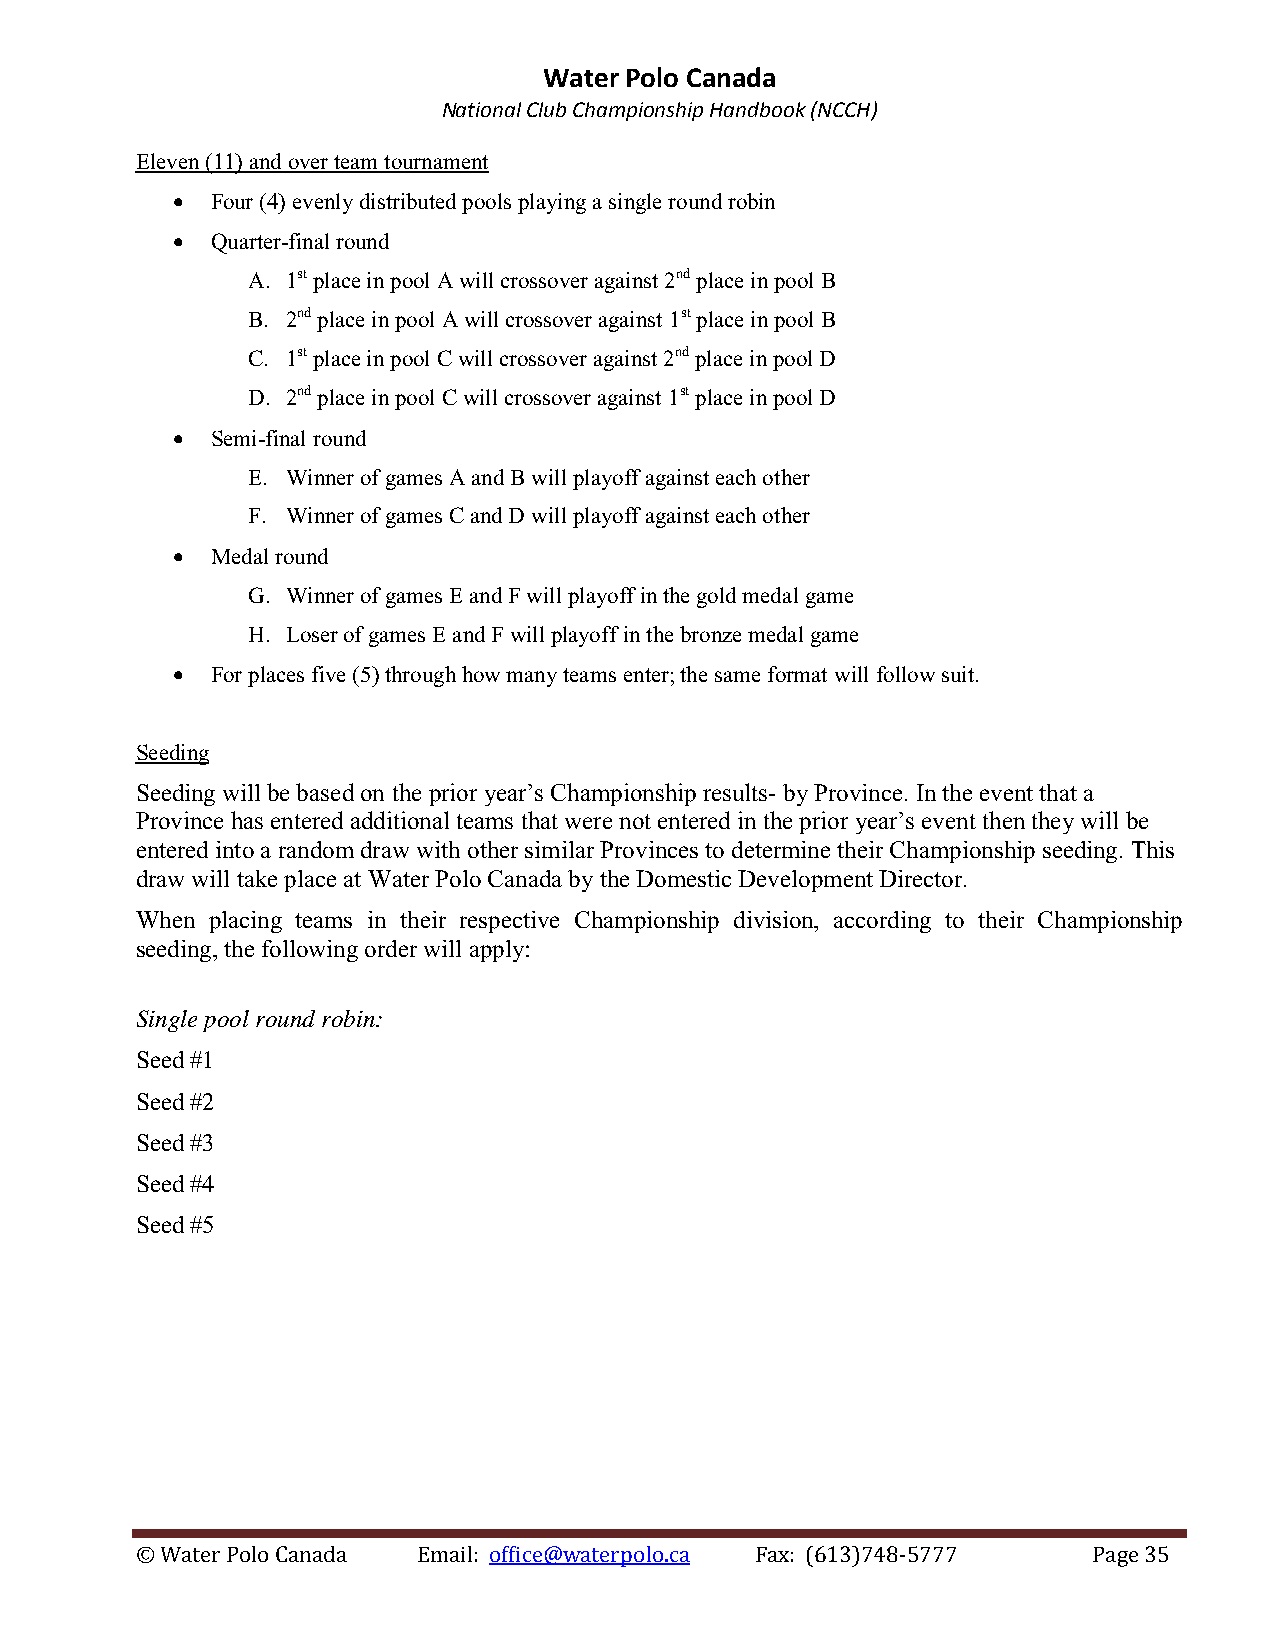
Water Polo Canada
 National Club Championship Handbook (NCCH)
 Eleven (11) and over team tournament
   Four (4) evenly distributed pools playing a single round robin
   Quarter-final round
 A. 1st place in pool A will crossover against 2nd place in pool B
 B. 2nd place in pool A will crossover against 1st place in pool B
 C. 1st place in pool C will crossover against 2nd place in pool D
 D. 2nd place in pool C will crossover against 1st place in pool D
   Semi-final round
 E. Winner of games A and B will playoff against each other
 F. Winner of games C and D will playoff against each other
   Medal round
 G. Winner of games E and F will playoff in the gold medal game
 H. Loser of games E and F will playoff in the bronze medal game
   For places five (5) through how many teams enter; the same format will follow suit.
 Seeding
 Seeding will be based on the prior year’s Championship results- by Province. In the event that a
 Province has entered additional teams that were not entered in the prior year’s event then they will be
 entered into a random draw with other similar Provinces to determine their Championship seeding. This
 draw will take place at Water Polo Canada by the Domestic Development Director.
 When placing teams in their respective Championship division, according to their Championship
 seeding, the following order will apply:
 Single pool round robin:
 Seed #1
 Seed #2
 Seed #3
 Seed #4
 Seed #5
 © Water Polo Canada Email: office@waterpolo.ca Fax: (613)748-5777 Page 35